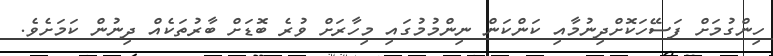
ހިންގުމަށް ފަސޭހަކޮށްދިނުމާއި ކަންކަން ނިންމުމުގައި މިހާރަށް ވުރެ ބޮޑަށް ބާރުތަކެއް ދިނުން ކަމަށެވެ.